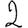
Digit: 2